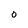
Character: 0